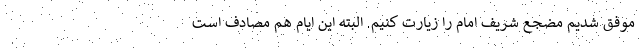
موفق شدیم مضجع شریف امام را زیارت کنیم. البته این ایام هم مصادف است